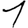
Digit: 1